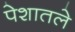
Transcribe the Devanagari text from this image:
पेशातले